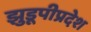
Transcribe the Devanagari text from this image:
झुडूपीप्रदेश